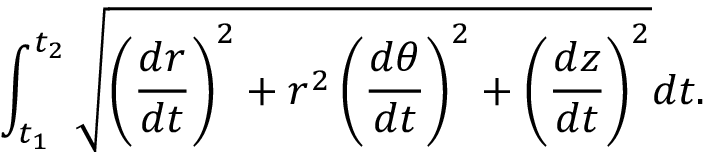
\int _ { t _ { 1 } } ^ { t _ { 2 } } { \sqrt { \left( { \frac { d r } { d t } } \right) ^ { 2 } + r ^ { 2 } \left( { \frac { d \theta } { d t } } \right) ^ { 2 } + \left( { \frac { d z } { d t } } \right) ^ { 2 } } } d t .